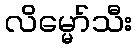
လိမ္မော်သီး